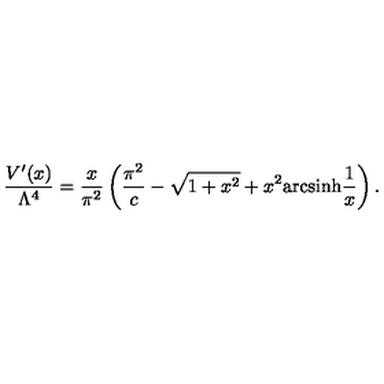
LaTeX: \frac { V ^ { \prime } ( x ) } { \Lambda ^ { 4 } } = \frac { x } { \pi ^ { 2 } } \left( \frac { \pi ^ { 2 } } { c } - \sqrt { 1 + x ^ { 2 } } + x ^ { 2 } \mathrm { a r c s i n h } \frac { 1 } { x } \right) .